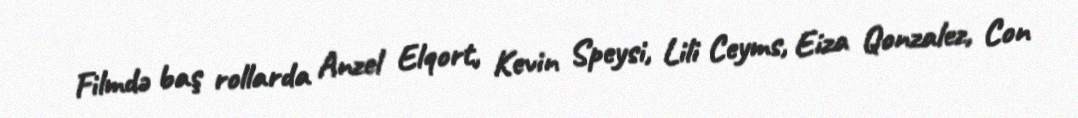
Filmdə baş rollarda Anzel Elqort, Kevin Speysi, Lili Ceyms, Eiza Qonzalez, Con